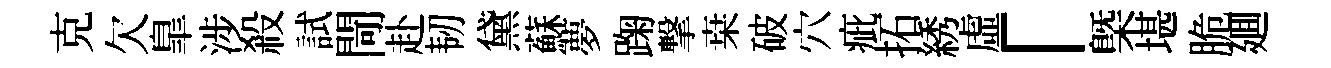
克欠臯涉殺試閜赴韧黛蘇夢踘撃桒破穴疵拓綉虛「㮣堪脆廽